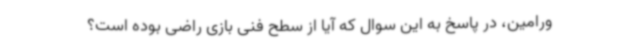
ورامین، در پاسخ به این سوال که آیا از سطح فنی بازی راضی بوده است؟